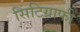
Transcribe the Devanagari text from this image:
सिंटिग्राफी